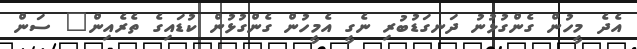
އެދެ މީހުން ގެންގުޅުނު ދަނގަޑުބުރި ނެގީ އެމީހުން ގެންގުޅުން ކުޑައިގެ ތެރެއިން" ސަން